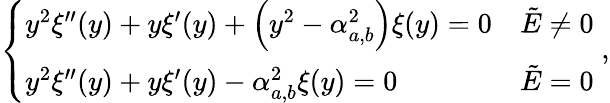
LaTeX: \left\{ \begin{array}{ll}{y^{2}\xi^{\prime\prime}(y)+y\xi^{\prime}(y)+\left(y^{2}-\alpha_{a,b}^{2}\right)\xi(y)=0}&{\tilde{E}\neq 0}\\ {y^{2}\xi^{\prime\prime}(y)+y\xi^{\prime}(y)-\alpha_{a,b}^{2}\xi(y)=0}&{\tilde{E}=0}\end{array}\right.\; ,